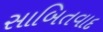
સાબિતવાદ